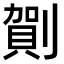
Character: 𠟒